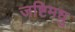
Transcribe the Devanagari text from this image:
जष्टिमधु